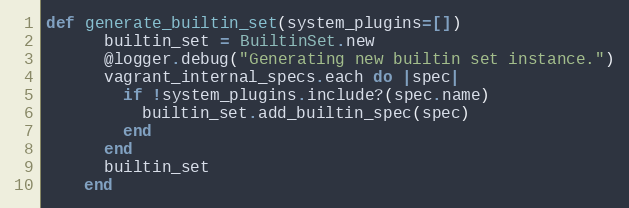
Language: Ruby
def generate_builtin_set(system_plugins=[])
      builtin_set = BuiltinSet.new
      @logger.debug("Generating new builtin set instance.")
      vagrant_internal_specs.each do |spec|
        if !system_plugins.include?(spec.name)
          builtin_set.add_builtin_spec(spec)
        end
      end
      builtin_set
    end